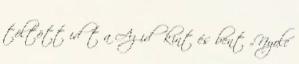
töltött időt a Az idő kint és bent „Nyolc